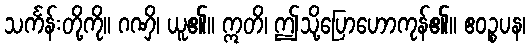
သင်္ကန်းတို့ကို။ ဂဏှိ၊ ယူ၏။ ဣတိ၊ ဤသို့ပြောဟောကုန်၏။ ဧဝဉ္စပန၊